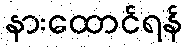
နားထောင်ရန်